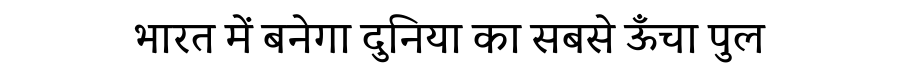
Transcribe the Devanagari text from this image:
भारत में बनेगा दुनिया का सबसे ऊँचा पुल